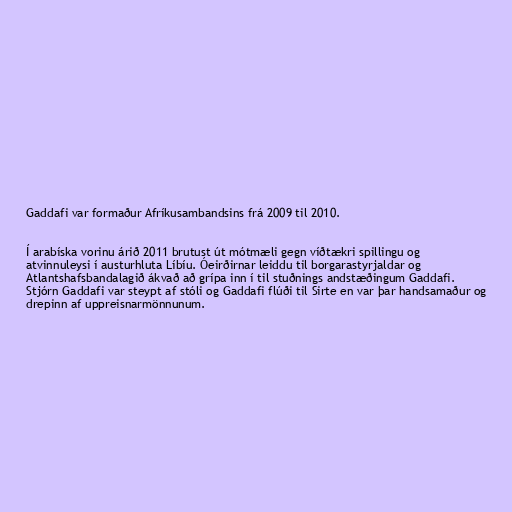
Gaddafi var formaður Afríkusambandsins frá 2009 til 2010.

Í arabíska vorinu árið 2011 brutust út mótmæli gegn víðtækri spillingu og
atvinnuleysi í austurhluta Líbíu. Óeirðirnar leiddu til borgarastyrjaldar og
Atlantshafsbandalagið ákvað að grípa inn í til stuðnings andstæðingum Gaddafi.
Stjórn Gaddafi var steypt af stóli og Gaddafi flúði til Sirte en var þar handsamaður og
drepinn af uppreisnarmönnunum.